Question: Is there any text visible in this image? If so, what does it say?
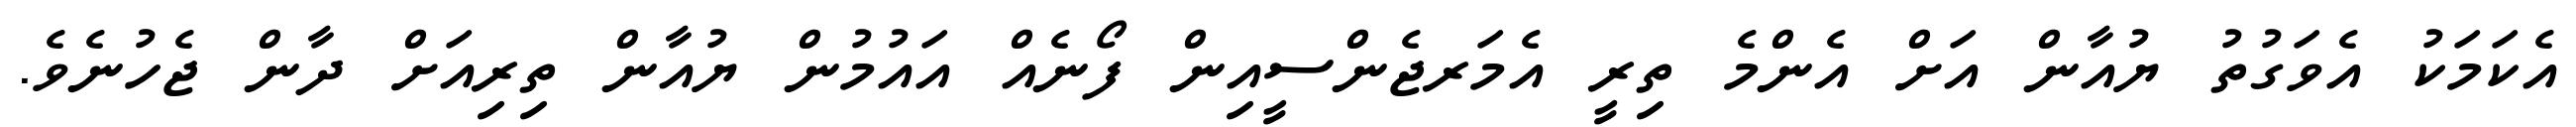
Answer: އެކަމަކު އެވަގުތު ޔުއާން އަށް އެންމެ ތިރީ އެމަރޖެންސީއިން ފޯނެއް އައުމުން ޔުއާން ތިރިއަށް ދާން ޖެހުނެވެ.